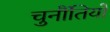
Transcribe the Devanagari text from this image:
चुनौंतियों